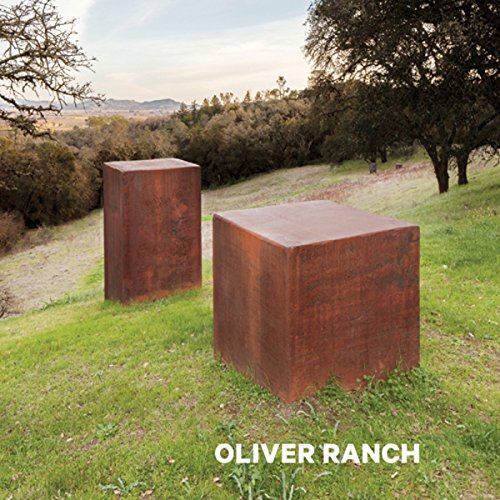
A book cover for Oliver Ranch; Arts & Photography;